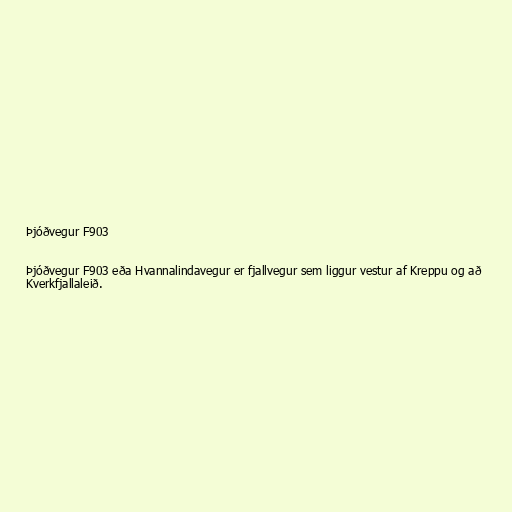
Þjóðvegur F903

Þjóðvegur F903 eða Hvannalindavegur er fjallvegur sem liggur vestur af Kreppu og að
Kverkfjallaleið.